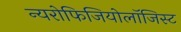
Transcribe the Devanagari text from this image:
न्यरोफिजियोलॉजिस्ट